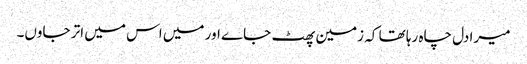
میرا دل چاہ رہا تھا کہ زمین پھٹ جاے اور میں اس میں اتر جاوں۔